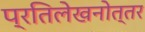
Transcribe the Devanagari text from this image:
प्रतिलेखनोत्तर